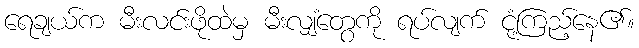
ရေချယ်က မီးလင်းဖိုထဲမှ မီးလျှံတွေကို ရပ်လျက် ငုံ့ကြည့်နေ၏။